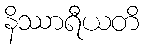
နိဿာရီယတိ